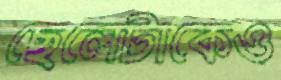
ছেলেটাকেও